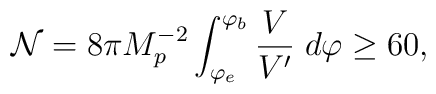
{\cal{N}}=8\pi M^{-2}_{p} \int_{\varphi_{e}}^{\varphi_{b}}\frac{V}{V^{\prime}} \; d\varphi \geq 60,